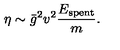
\eta \sim \bar { g } ^ { 2 } v ^ { 2 } \frac { E _ { \mathrm { s p e n t } } } { m } .